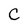
Character: C